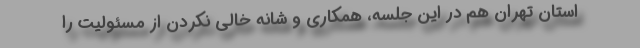
استان تهران هم در این جلسه، همکاری و شانه خالی نکردن از مسئولیت را